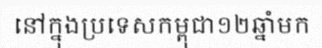
នៅក្នុងប្រទេសកម្ពុជា១២ឆ្នាំមក